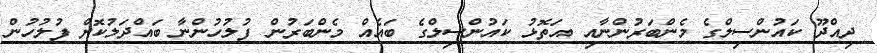
ދިއްދޫ ކައުންސިލްގެ މެންބަރުންނާއި އަތޮޅު ކައުންސިލްގެ ބައެއް މެންބަރުން ފުލުހުންނާ ބައްދަލުކޮށް ފުލުހުން